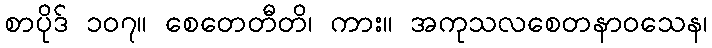
စာပိုဒ် ၁၀၇။ စေတေတီတိ၊ ကား။ အကုသလစေတနာဝသေန၊